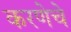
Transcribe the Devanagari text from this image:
करणेचे